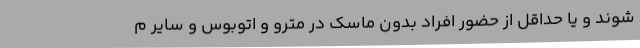
شوند و یا حداقل از حضور افراد بدون ماسک در مترو و اتوبوس و سایر م